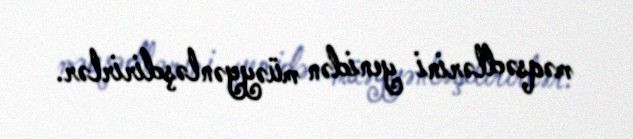
məqsədlərini yenidən müəyyənləşdirirlər.